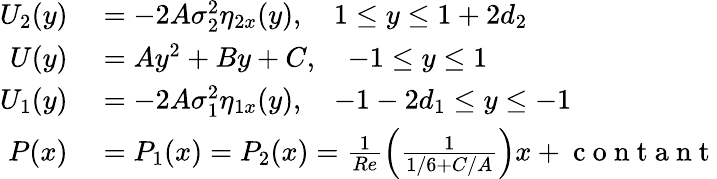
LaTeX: \begin{array}{rl}{{U}_{2}(y)}&{{}=-2A\sigma_{2}^{2}\eta_{2x}(y),\quad 1\leq y\leq 1+2d_{2}}\\ {{U}(y)}&{{}=Ay^{2}+By+C,\quad-1\leq y\leq 1}\\ {{U}_{1}(y)}&{{}=-2A\sigma_{1}^{2}\eta_{1x}(y),\quad-1-2d_{1}\leq y\leq-1}\\ {P(x)}&{{}=P_{1}(x)=P_{2}(x)=\frac{1}{Re}\left(\frac{1}{1/6+C/A}\right)x+\mathrm{~c~o~n~t~a~n~t~}}\end{array}